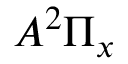
A ^ { 2 } \Pi _ { x }